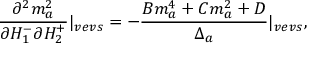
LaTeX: \frac { \partial ^ { 2 } m _ { a } ^ { 2 } } { \partial H _ { 1 } ^ { - } \partial H _ { 2 } ^ { + } } | _ { v e v s } = - \frac { B m _ { a } ^ { 4 } + C m _ { a } ^ { 2 } + D } { \Delta _ { a } } | _ { v e v s } ,